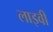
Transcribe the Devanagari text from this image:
लाइवी